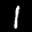
Label: 1